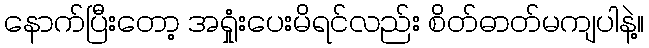
နောက်ပြီးတော့ အရှုံးပေးမိရင်လည်း စိတ်ဓာတ်မကျပါနဲ့။